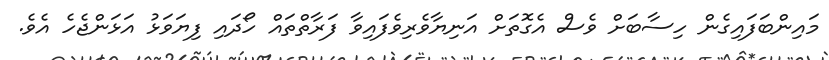
މައިންބަފައިގެން ހިސާބަށް ވެސް އެގޮތަށް އަނިޔާވެރިވެފައިވާ ފަރާތްތައް ހޯދައި ފިޔަވަޅު އަޅަންޖެހެ އެވެ.